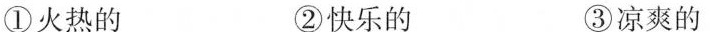
①火热的 ②快乐的 ③凉爽的